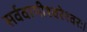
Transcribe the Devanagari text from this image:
सर्ववागीश्वरेश्वरः।